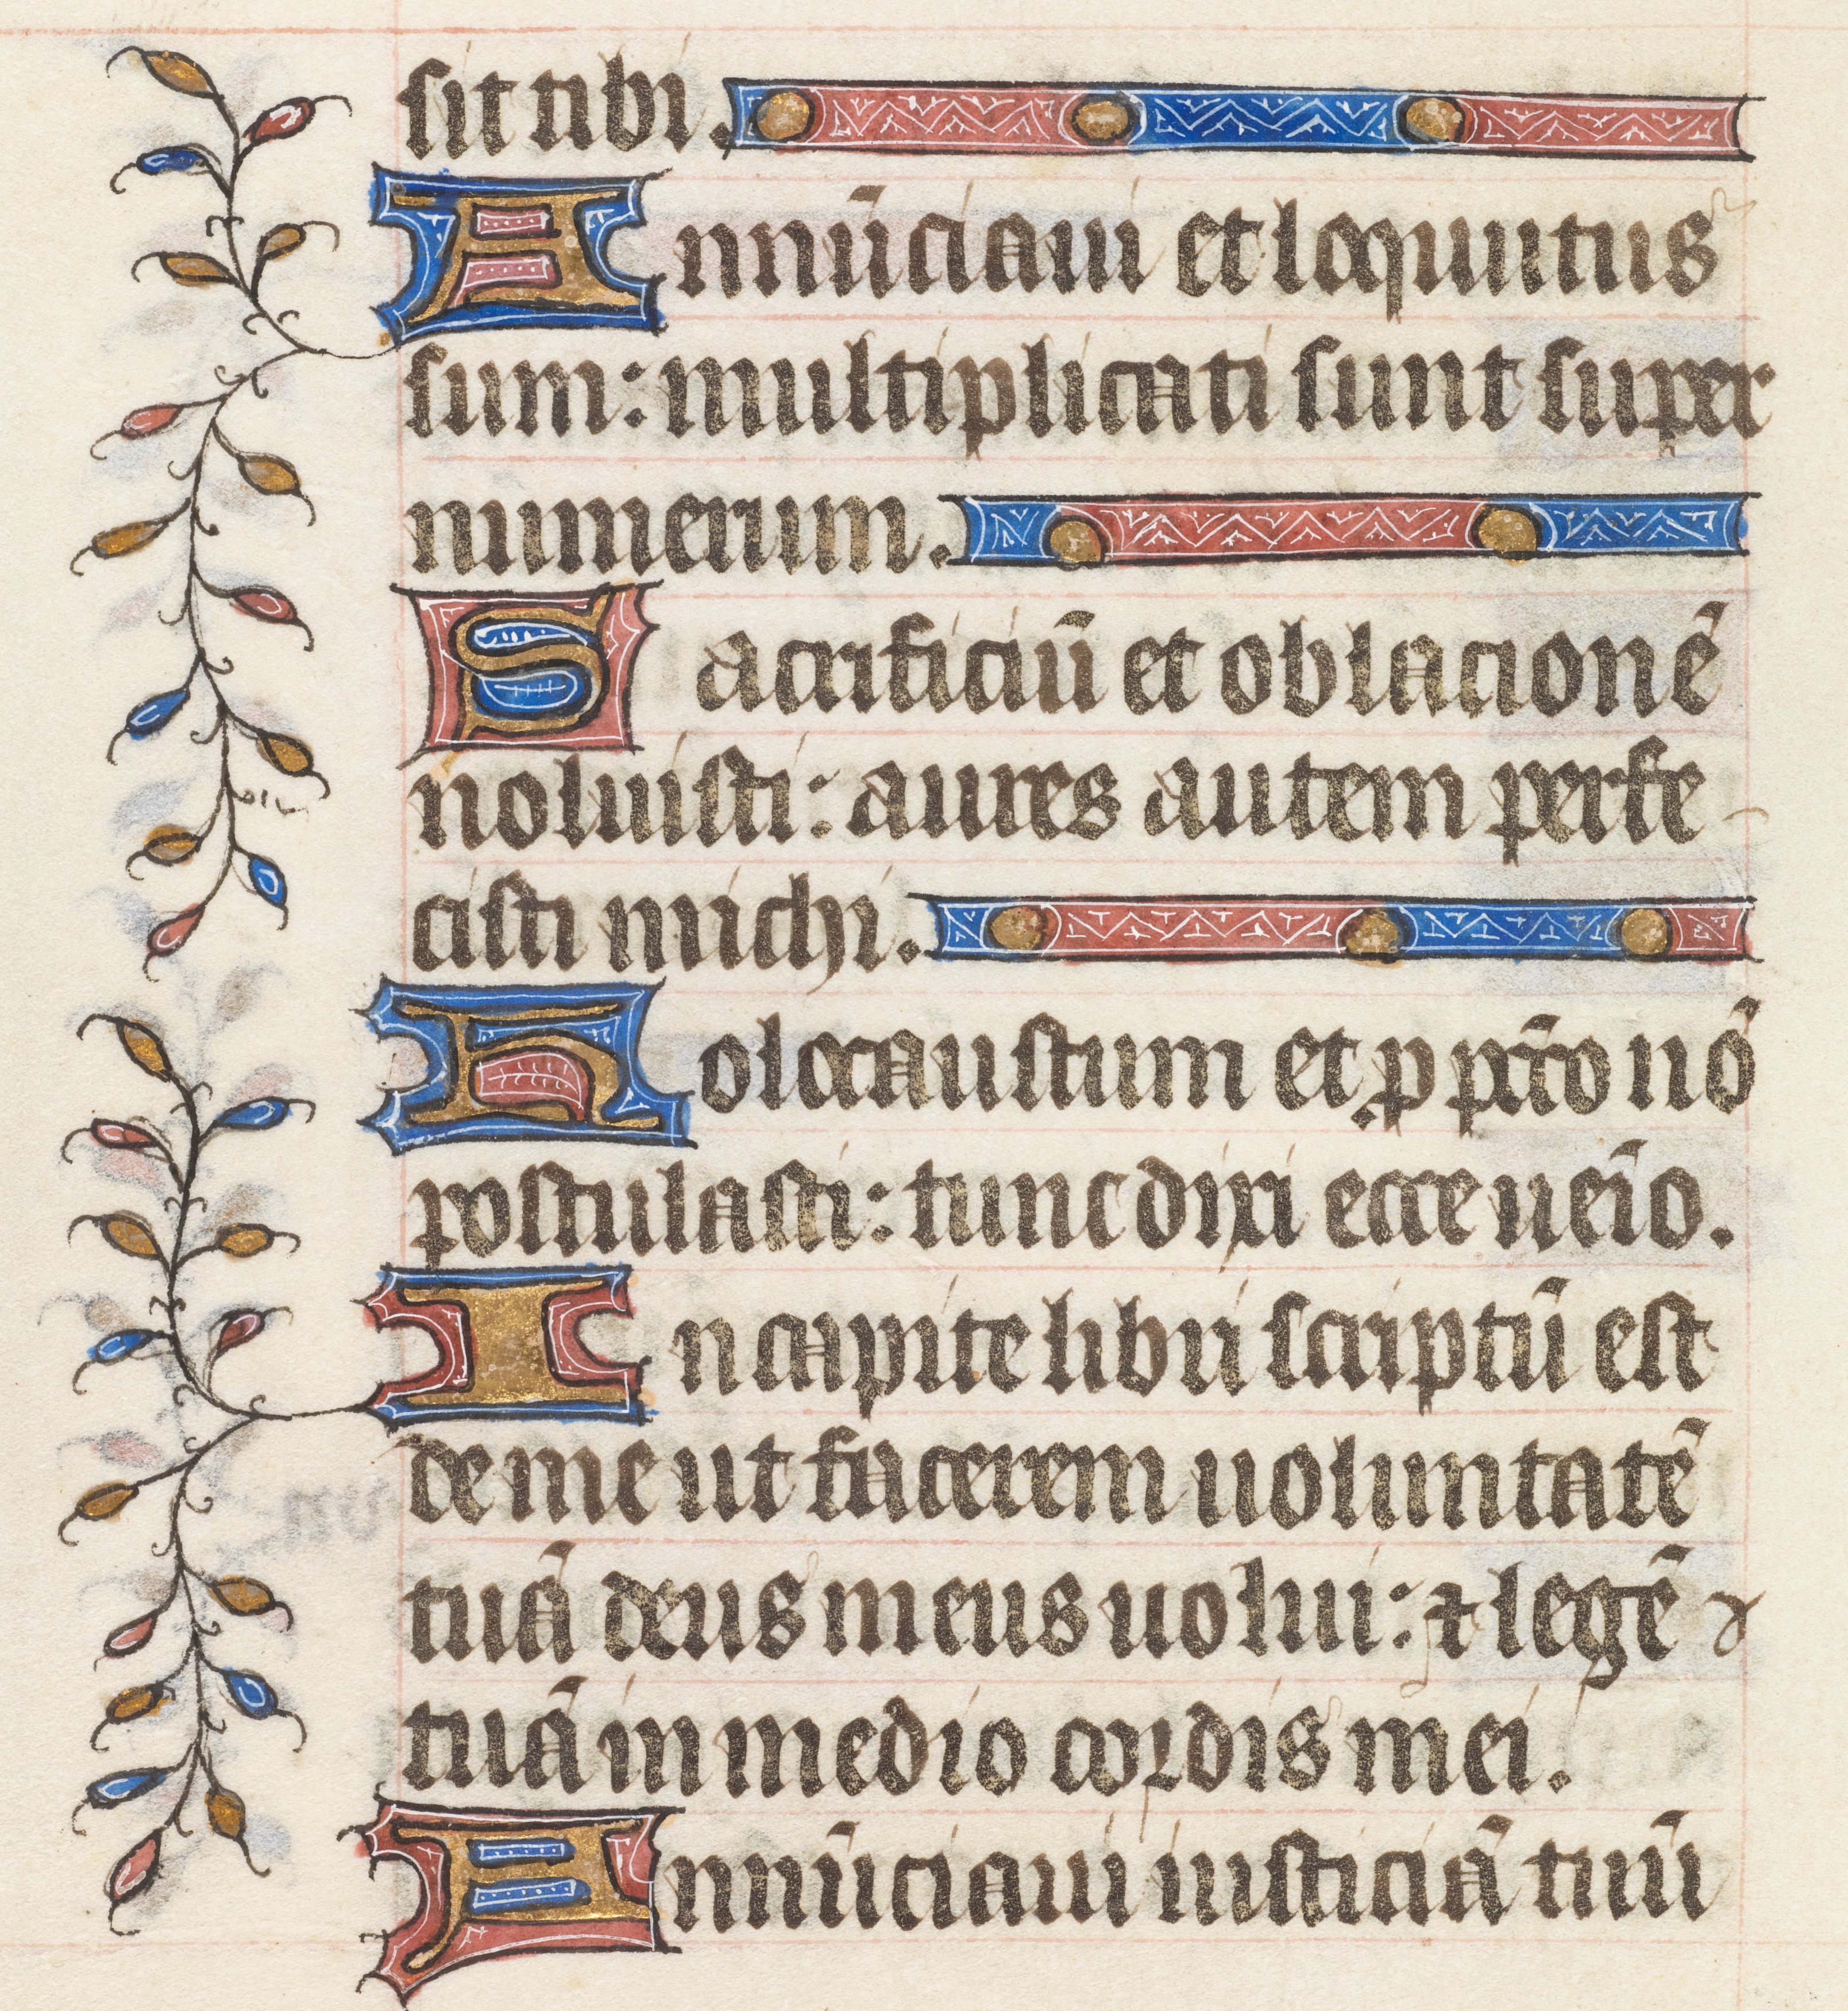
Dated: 1395–1425